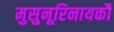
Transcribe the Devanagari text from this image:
मुसुनूरिनायकौ